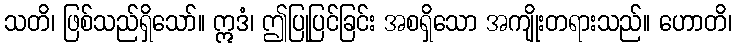
သတိ၊ ဖြစ်သည်ရှိသော်။ ဣဒံ၊ ဤပြုပြင်ခြင်း အစရှိသော အကျိုးတရားသည်။ ဟောတိ၊